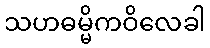
သဟဓမ္မိကဝိလေခါ